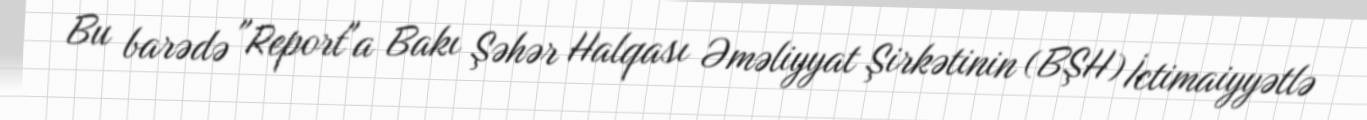
Bu barədə "Report"a Bakı Şəhər Halqası Əməliyyat Şirkətinin (BŞH) İctimaiyyətlə